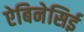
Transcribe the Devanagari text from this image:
ऐबिनेसिई